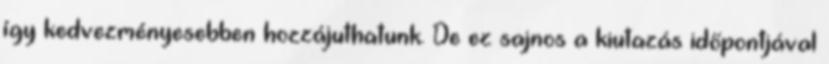
így kedvezményesebben hozzájuthatunk. De ez sajnos a kiutazás időpontjával